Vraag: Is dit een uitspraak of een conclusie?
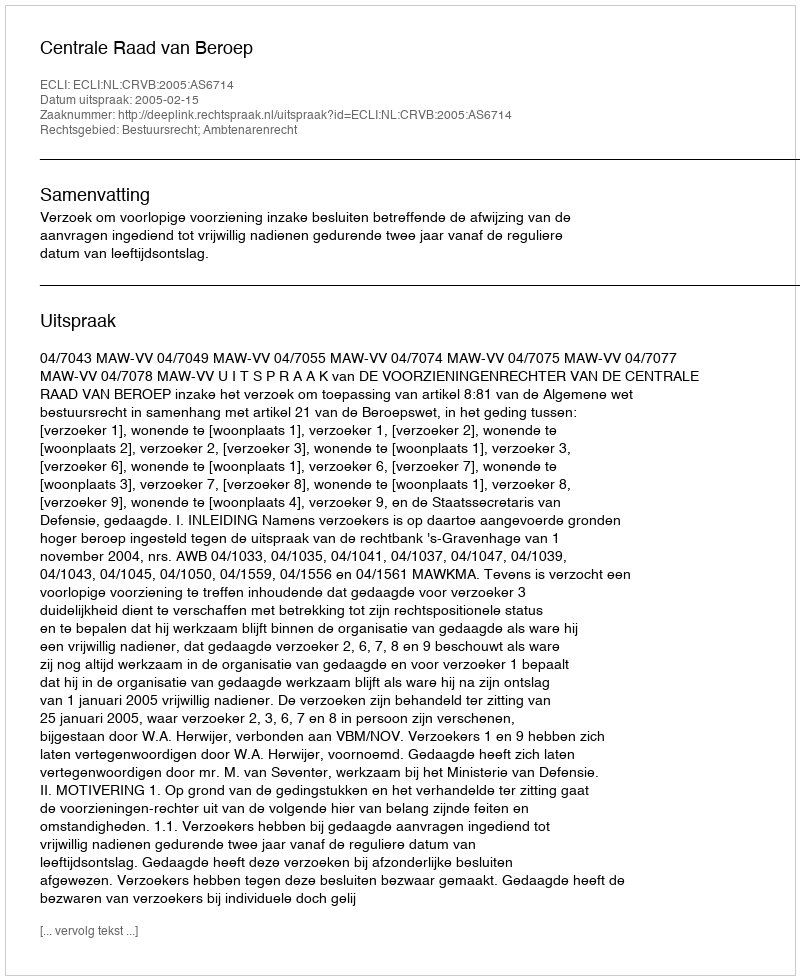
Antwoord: Uitspraak